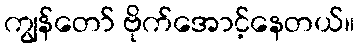
ကျွန်တော် ဗိုက်အောင့်နေတယ်။